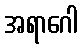
အရာဂေါ